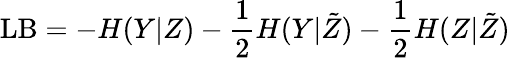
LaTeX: \mathrm{LB}=-H(Y|Z)-\frac{1}{2}H(Y|\tilde{Z})-\frac{1}{2}H(Z|\tilde{Z})